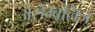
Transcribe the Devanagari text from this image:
असेम्बलिज